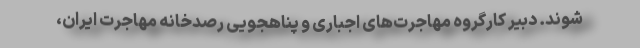
شوند. دبیر کارگروه مهاجرت‌های اجباری و پناهجویی رصدخانه مهاجرت ایران،